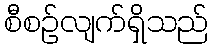
စီစဉ်လျက်ရှိသည်